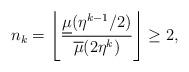
LaTeX: \begin{align*}n_{k}=\left\lfloor \frac{\underline{\mu}(\eta^{k-1}/2)}{\overline{\mu}(2\eta^{k})}\right\rfloor \geq2,\end{align*}